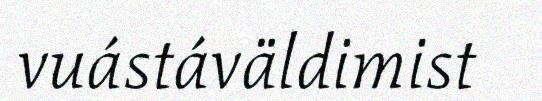
vuástáväldimist